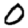
Digit: 0